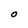
Character: O